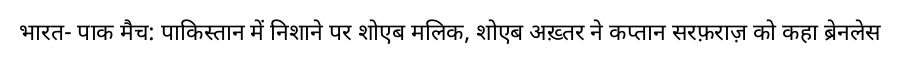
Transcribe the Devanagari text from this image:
भारत- पाक मैच: पाकिस्तान में निशाने पर शोएब मलिक, शोएब अख़्तर ने कप्तान सरफ़राज़ को कहा ब्रेनलेस